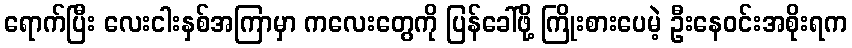
ရောက်ပြီး လေးငါးနှစ်အကြာမှာ ကလေးတွေကို ပြန်ခေါ်ဖို့ ကြိုးစားပေမဲ့ ဦးနေဝင်းအစိုးရက